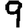
Digit: 9